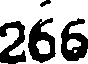
266